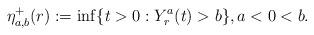
LaTeX: \begin{align*}\eta_{a,b}^+(r) := \inf \{ t > 0: Y_r^a(t) > b \}, a < 0 < b. \end{align*}